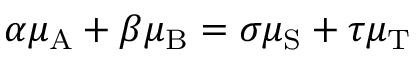
\alpha \mu _ { \mathrm { A } } + \beta \mu _ { \mathrm { B } } = \sigma \mu _ { \mathrm { S } } + \tau \mu _ { \mathrm { T } }